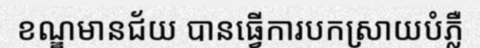
ខណ្ឌមានជ័យ បានធ្វើការបកស្រាយបំភ្លឺ